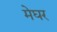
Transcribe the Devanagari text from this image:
मेघर